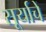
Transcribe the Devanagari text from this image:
सूर्याचें